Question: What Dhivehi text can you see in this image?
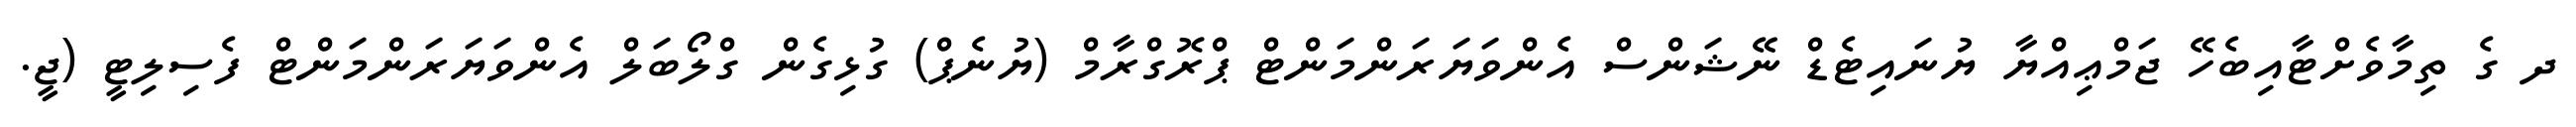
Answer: ދ ގެ ތިމާވެށްޓާއިބެހޭ ޖަމްޢިއްޔާ ޔުނައިޓެޑް ނޭޝަންސް އެންވަޔަރަންމަންޓް ޕްރޮގްރާމް (ޔުނެޕް) ގުޅިގެން ގްލޯބަލް އެންވަޔަރަންމަންޓް ފެސިލިޓީ (ޖީ.